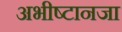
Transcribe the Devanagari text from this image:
अभीष्टानजा